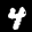
Digit: 4